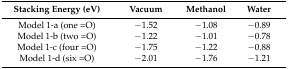
<table><thead><tr><td><b>Stacking Energy (eV)</b></td><td><b>Vacuum</b></td><td><b>Methanol</b></td><td><b>Water</b></td></tr></thead><tbody><tr><td>Model 1-a (one =O)</td><td>−1.52</td><td>−1.08</td><td>−0.89</td></tr><tr><td>Model 1-b (two =O)</td><td>−1.22</td><td>−1.01</td><td>−0.78</td></tr><tr><td>Model 1-c (four =O)</td><td>−1.75</td><td>−1.22</td><td>−0.88</td></tr><tr><td>Model 1-d (six =O)</td><td>−2.01</td><td>−1.76</td><td>−1.21</td></tr></tbody></table>